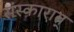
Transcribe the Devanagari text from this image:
संस्कारात्‌